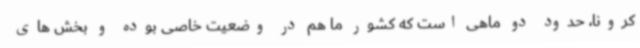
کرونا، حدود دو ماهی است که کشور ما هم در وضعیت خاصی بوده و بخش های